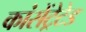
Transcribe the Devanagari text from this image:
कांसेंट्रेटेड